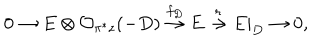
LaTeX: 0 \rightarrow E \otimes { \cal O } _ { \pi ^ { * } z } ( - D ) \stackrel { f _ { D } } { \rightarrow } E \stackrel { r } { \rightarrow } E | _ { D } \rightarrow 0 ,